Malaria in the Punjab - Number 46
Disease focus: Malaria
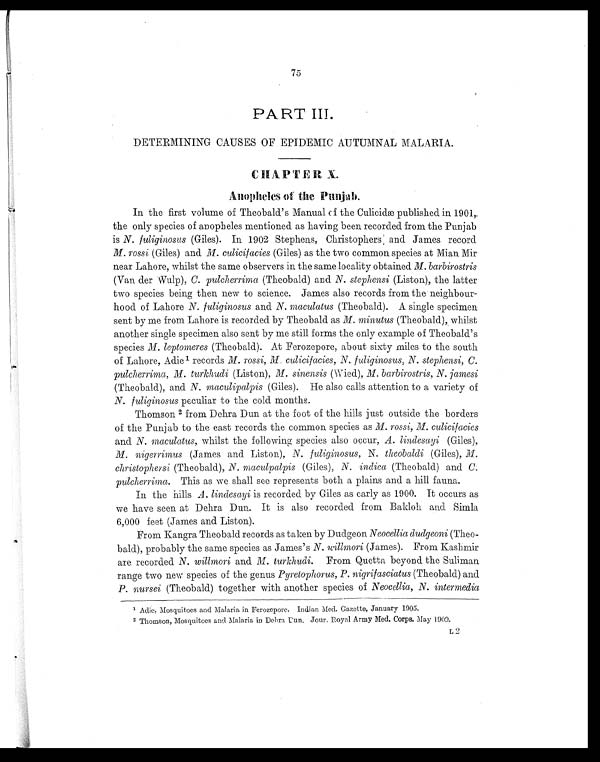
75
PART III
DETERMINING CAUSES OF EPIDEMIC AUTUMNAL MALARIA.
CHAPTER X.
Anopheles of the Punjab.
In the first volume of Theobald's Manual of the Culicidæ published in 1901,
the only species of anopheles mentioned as having been recorded from the Punjab
is N. fuliginosus (Giles). In 1902 Stephens, Christophers and James record
rossi (Giles) and M. culicifacies (Giles) as the two common species at Mian Mir
near Lahore, whilst the same observers in the same locality obtained M. barbirostris
(Van der Wu1p), C. pulcherrima (Theobald) and N. stephensi (Liston), the latter
two species being then new to science. James also records from the neighbour-
hood of Lahore N. fuliginosus and N. maculatus (Theobald). A single specimen
sent by me from Lahore is recorded by Theobald as M. minutus (Theobald), whilst
another single specimen also sent by me still forms the only example of Theobald's
species M. leptomeres (Theobald). At Ferozepore, about sixty miles to the south
of Lahore, Adie1 records M. rossi, M culicifacies, N. fuliginosus, N. stephensi, C.
pulcherrima, turkhudi (Liston), M. sinensis (Wied.), M. barbirostris, N. jamesi
(Theobald), and N. maculipalpis (Giles). He also calls attention to a variety of
N. fuliginosus peculiar to the cold months.
Thomson 2 from Dehra Dun at the foot of the hills just outside the borders
of the Punjab to the east records the common species as M. rossi, M. culicifacies
and N. maculatus, whilst the following species also occur, A. lindesayi (Giles),
M. nigerrimus (James and Liston), N. fuliginosus, N. theobaldi (Giles), M.
christophersi (Theobald), N. maculpalpis (Giles), N. indica (Theobald) and C.
pulcherrima. This as we shall see represents both a plains and a hill fauna.
In the hills A. lindesayi is recorded by Giles as early as 1900. It occurs as
we have seen at Dehra Dun. It is also recorded from Baldoh and Simla
6,000 feet (James and Liston).
From Kangra Theobald records as taken by Dudgeon Neocellia dudgeoni (Theo-
bald), probably the same species as James's N. willmori (James). From Kashmir
are recorded N. willmori and M. turkhudi. From Quetta beyond the Suliman
range two new species of the genus Pyretophorus, P. nigrifasciatus (Theobald) and
P. nursei (Theobald) together with another species of Neocellia, N. intermedia
1 Adie, Mosquitoes and Malaria in Ferozepore. Indian Med. Gazette, January 1905.
2 Thomson, Mosquitoes and Malaria in Dehra Dun. Jour. Royal Army Med, Corps, May 1909.
L2